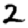
Digit: 2